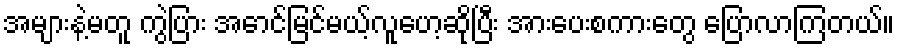
အများနဲ့မတူ ကွဲပြား အောင်မြင်မယ့်လူဟေ့ဆိုပြီး အားပေးစကားတွေ ပြောလာကြတယ်။